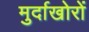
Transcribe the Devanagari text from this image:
मुर्दाखोरों